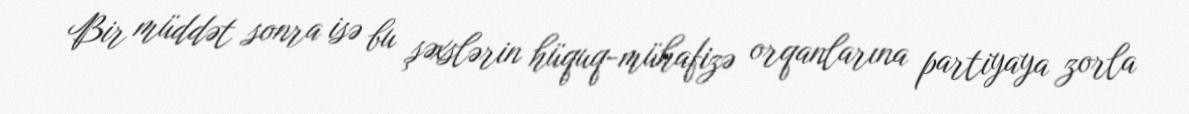
Bir müddət sonra isə bu şəxslərin hüquq-mühafizə orqanlarına partiyaya zorla